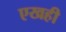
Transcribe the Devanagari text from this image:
एखही